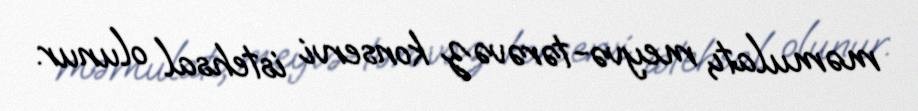
məmulatı, meyvə-tərəvəz konservi istehsal olunur.